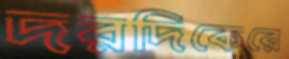
দরদিকেরে